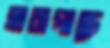
হারাগাছে